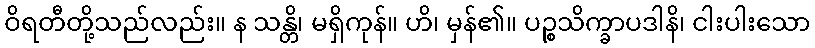
ဝိရတီတို့သည်လည်း။ န သန္တိ၊ မရှိကုန်။ ဟိ၊ မှန်၏။ ပဉ္စသိက္ခာပဒါနိ၊ ငါးပါးသော